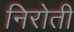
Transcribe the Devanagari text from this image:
निरोती